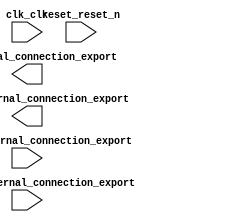

module nios2_proc (
	adc_data_external_connection_export,
	clk_clk,
	lcd_external_connection_export,
	pwm_out_external_connection_export,
	reset_reset_n,
	speed_ref_external_connection_export);	

	input	[7:0]	adc_data_external_connection_export;
	input		clk_clk;
	output	[10:0]	lcd_external_connection_export;
	output	[7:0]	pwm_out_external_connection_export;
	input		reset_reset_n;
	input	[9:0]	speed_ref_external_connection_export;
endmodule